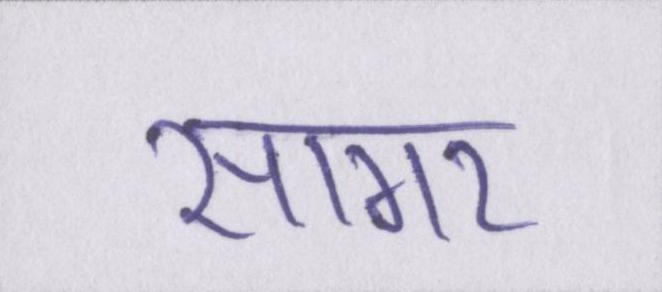
सागर